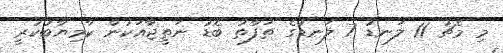
މި މެޗު 11 ލަނޑު 7 ލަނޑުގެ ތަފާތު ބޮޑު ނަތީޖާއަކުން ކާމިޔާބުކުރީ